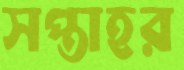
সপ্তাহর